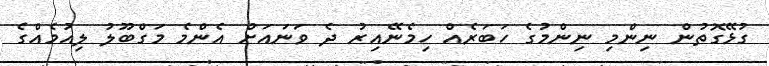
ގުޅޭގޮތުން ނިންމި ނިންމުގެ ހަބަރެއް ހިމެނޭއިރު ދެ ވަނައަށް އެންމެ މަގްބޫލު ލިއުމެއްގެ